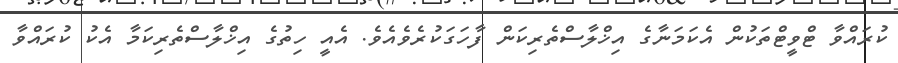
ކުރައްވާ ޓްވީޓްތަކުން އެކަމަނާގެ އިޚްލާސްތެރިކަން ފާހަގަކުރެވެއެވެ. އެއީ ހިތުގެ އިޚްލާސްތެރިކަމާ އެކު ކުރައްވާ